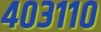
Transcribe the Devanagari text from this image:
४०३११०